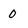
Character: 0